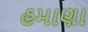
હમાણા